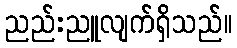
ညည်းညူလျက်ရှိသည်။